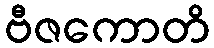
ဗီဇကောတိ